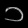
Digit: ၁